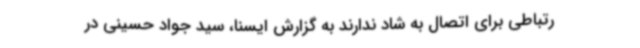
رتباطی برای اتصال به شاد ندارند به گزارش ایسنا، سید جواد حسینی در